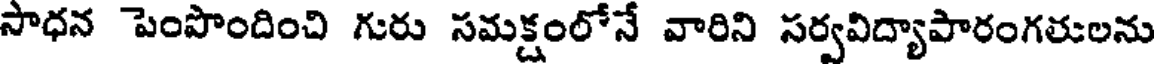
సాధన పెంపొందించి గురు సమక్షంలోనే వారిని సర్వవిద్యాపారంగతులను